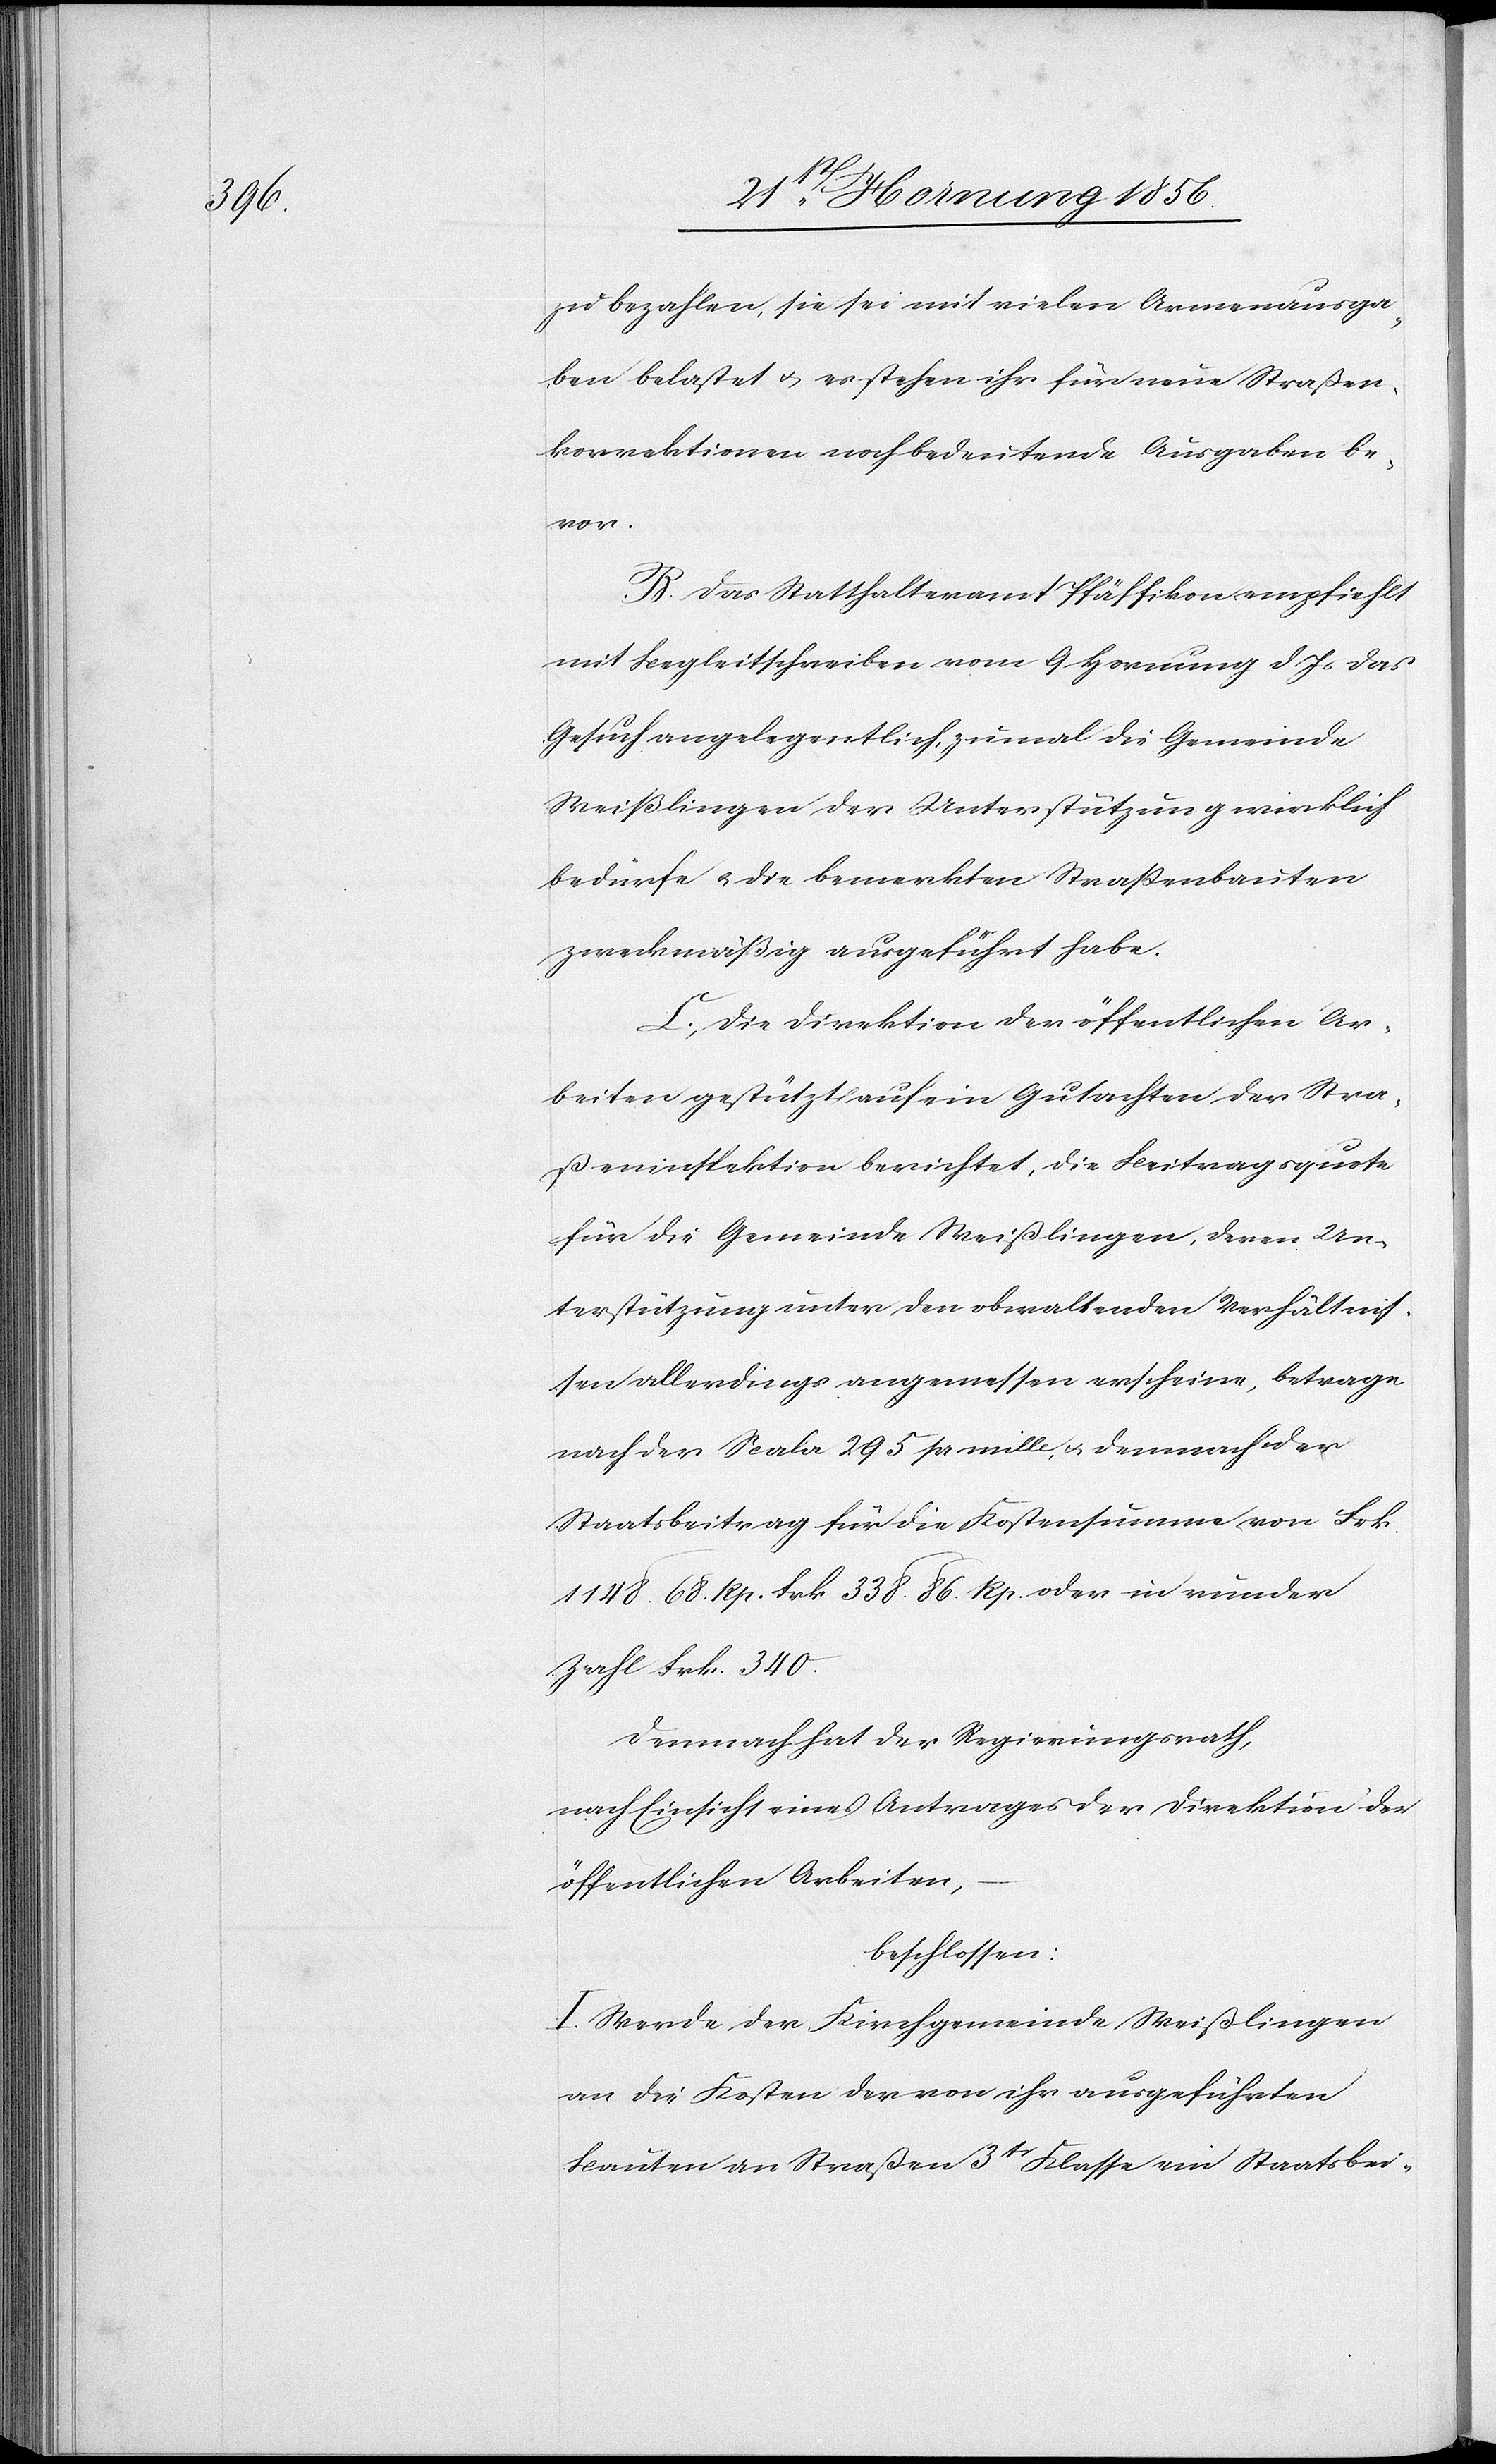
zu bezahlen, sie sei mit vielen Armenausga¬
ben belastet u. es stehen ihr für neue Straßen¬
korrektionen noch bedeutende Ausgaben be¬
vor.
B. Das Statthalteramt Pfäffikon empfiehlt
mit Begleitschreiben vom 9 Hornung d Js das
Gesuch angelegentlich, zumal die Gemeinde
Weißlingen der Unterstützung wirklich
bedürfe u. die bemerkten Straßenbauten
zweckmäßig ausgeführt habe.
C. Die Direktion der öffentlichen Ar¬
beiten gestützt auf ein Gutachten der Stra¬
ßeninspektion berichtet, die Beitragsquote
für die Gemeinde Weißlingen, deren Un¬
terstützung unter den obwaltenden Verhältnis¬
sen allerdings angemessen erscheine, betrage
nach der Scala 295 pr mille, u. demnach der
Staatsbeitrag für die Kostensumme von Frk.
1148. 68. Rp. Frk 338. 86. Rp. oder in runder
Zahl Frk. 340.
Demnach hat der Regierungsrath,
nach Einsicht eines Antrages der Direktion der
öffentlichen Arbeiten,
beschlossen:
I. Werde der Kirchgemeinde Weißlingen
an die Kosten der von ihr ausgeführten
Bauten an Straßen 3tr Klasse ein Staatsbei-